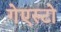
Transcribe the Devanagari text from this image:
गेएस्टो